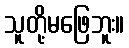
သူတို့မဖြေဘူး။